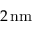
2 \, \mathrm { n m }